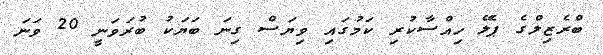
ބްރެޒިލްގެ ޕެލޭ ހިއްސާކުރި ކަމުގައި ވިޔަސް ގިނަ ބަޔަކު ބުރަވަނީ 20 ވަނަ